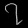
Digit: ၇